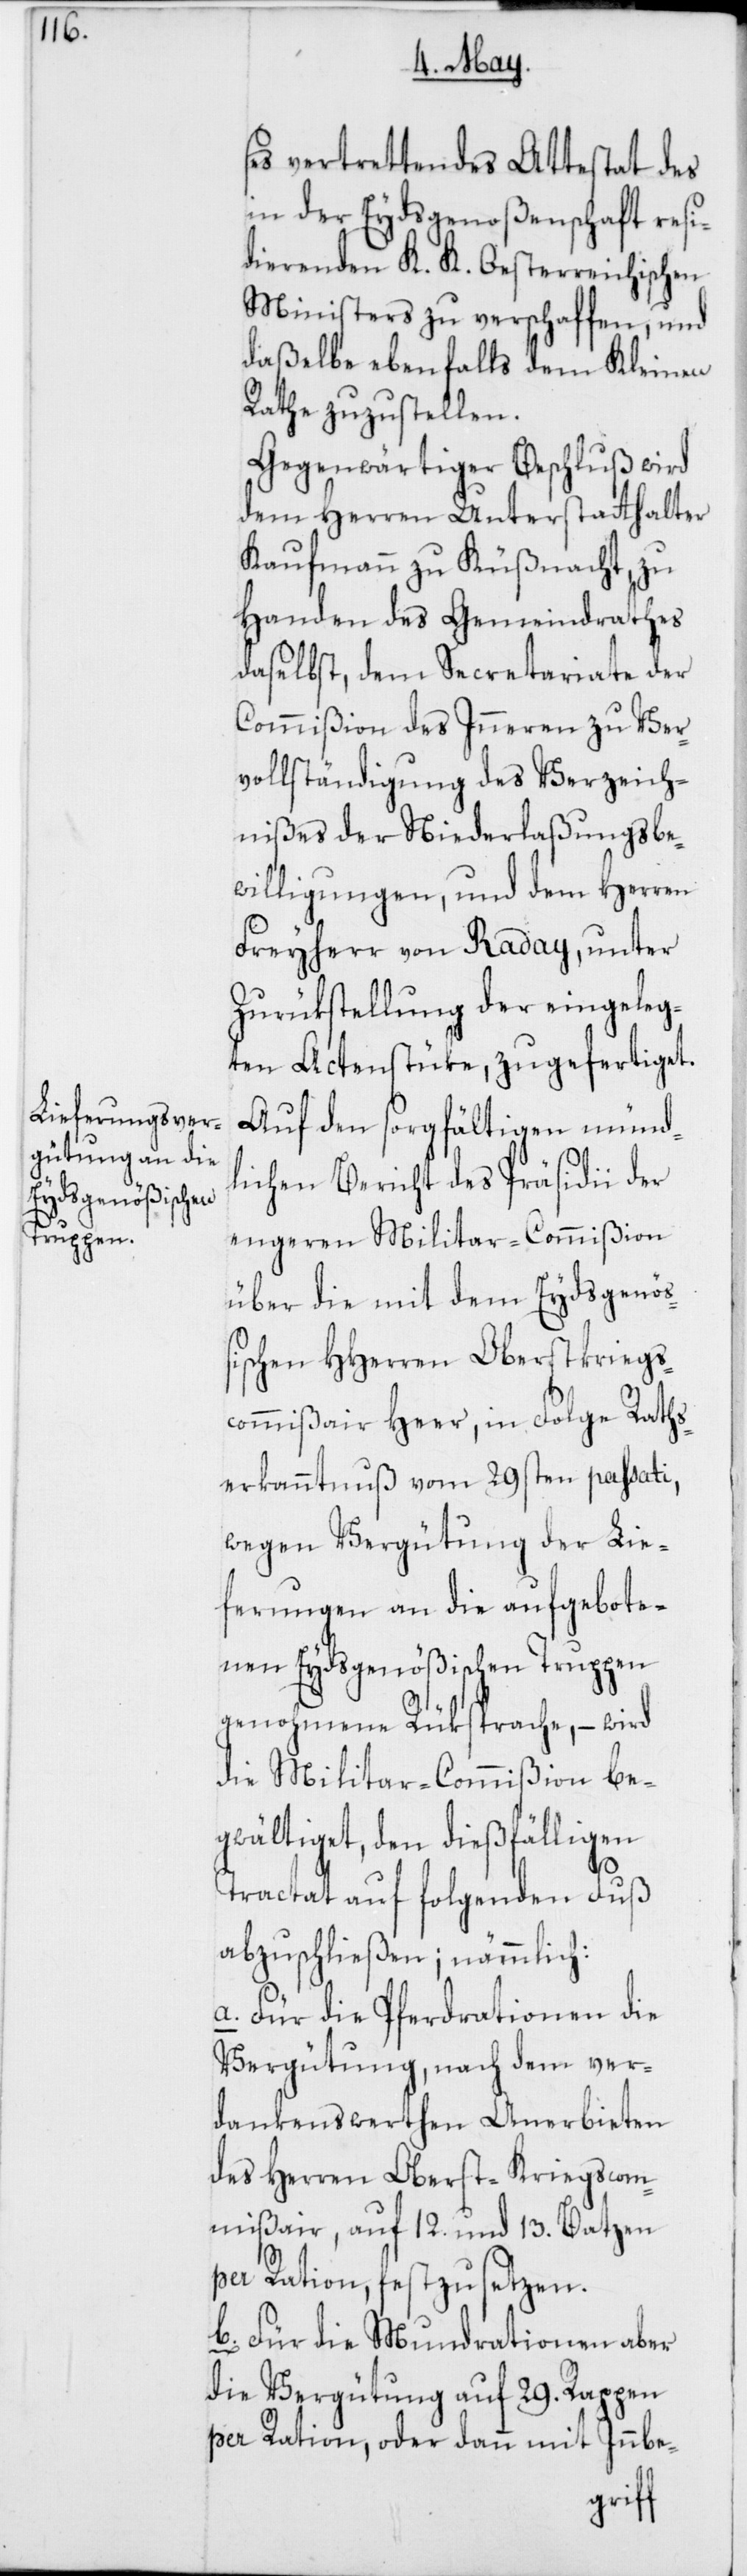
ses vertrettendes Attestat des
in der Eydsgenoßenschaft resi¬
dierenden K. K. Oesterreichischen
Ministers zu verschaffen, und
daßelbe ebenfalls dem Kleinen
Rathe zuzustellen.
Gegenwärtiger Beschluß wird
dem Herren Unterstatthalter
Kaufmann zu Küßnacht, zu
Handen des Gemeindrathes
daselbst, dem Secretariate der
Commißion des Inneren zu Ver¬
vollständigung des Verzeich¬
nißes der Niederlaßungsbe¬
willigungen, und dem Herren
Freyherr von Raday, unter
Zurükstellung der eingeleg¬
ten Actenstücke, zugefertiget.
Auf den sorgfältigen münd¬
lichen Bericht des Präsidii der
engeren Militar-Commißion
über die mit dem Eydsgenöß¬
ischen HHerren Oberstkriegs¬
commißair Heer, in Folge Raths¬
erkanntnus vom 29sten passati,
wegen Vergütung der Lie¬
ferungen an die aufgebote¬
nen Eydsgenößischen Truppen
genohmene Rüksprache, – wird
die Militar-Commißion be¬
gwältiget, den dießfälligen
Tractat auf folgenden Fuß
abzuschließen; nämmlich:
a. Für die Pferdrationen die
Vergütung, nach dem ver¬
dankenswerthen Anerbieten
des Herren Oberst-Kriegscom¬
mißair, auf 12. und 13. Batzen
per Ration, festzusetzen.
b. für die Mundrationen aber
die Vergütung auf 29. Rappen
per Ration, oder dann mit Inbe-